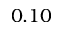
0 . 1 0